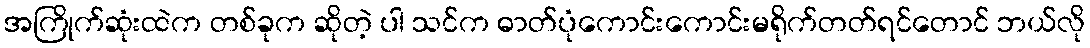
အကြိုက်ဆုံးထဲက တစ်ခုက ဆိုတဲ့ ပါ သင်က ဓာတ်ပုံကောင်းကောင်းမရိုက်တတ်ရင်တောင် ဘယ်လို